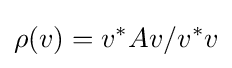
\rho (v)=v^{*}Av/v^{*}v